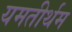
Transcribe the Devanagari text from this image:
यमतीर्थम